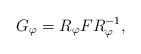
LaTeX: \begin{align*}G_{\varphi} = R_{\varphi} F R_{\varphi}^{-1},\end{align*}